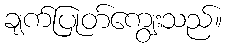
ချက်ပြုတ်ကျွေးသည်။